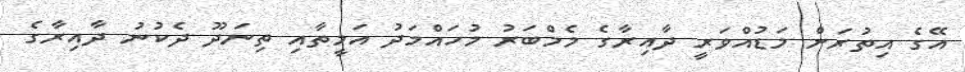
އޭގެ އިތުރަށް މަޑުއްވަރީ ދާއިރާގެ މެމްބަރު މުހައްމަދު އަމީތާއި ތިނަދޫ ދެކުނު ދާއިރާގެ